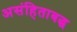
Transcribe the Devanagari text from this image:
असंहिताबद्ध